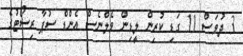
3 ދުވަސް 11 ގަޑި ކުރިން ލީޑިން ވެލްނެސް އެންޑް ސުޕާ ރިސޯޓުގެ